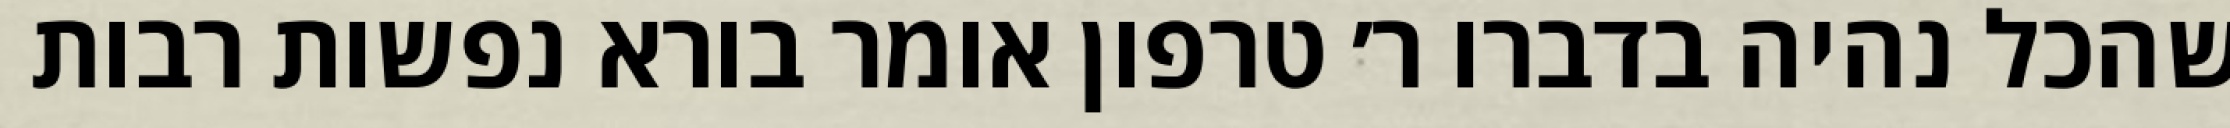
שהכל נהיה בדברו ר׳ טרפון אומר בורא נפשות רבות